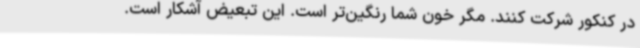
در کنکور شرکت کنند. مگر خون شما رنگین‌تر است. این تبعیض آشکار است.